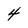
Character: 4